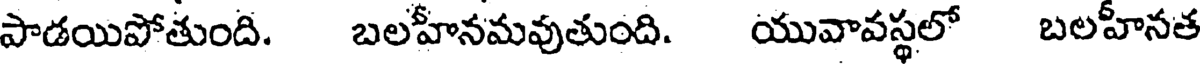
పాడయిపోతుంది. బలహీనమవుతుంది. యువావస్థలో బలహీనత